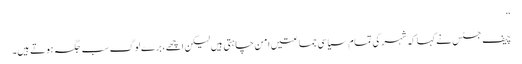
‘‘
چیف جسٹس نے کہا کہ شہر کی تمام سیاسی جماعتیں امن چاہتی ہیں لیکن اچھے، برے لوگ سب جگہ ہوتے ہیں۔